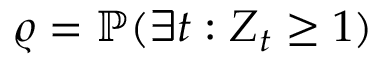
\varrho = \mathbb { P } ( \exists t : Z _ { t } \geq 1 )